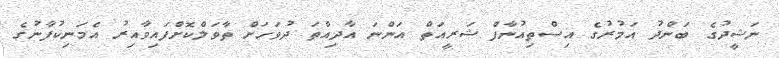
ނަޝީދުގެ ބަންދު އަމުރުގެ އިސްތިއުނާފް ޝަރީއަތް އަންނަ އާދިއްތަ ދުވަހަށް ތާވަލްކޮށްފައިވާއިރު އެމަނިކުފާނުގެ